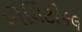
પોલિટીકલ